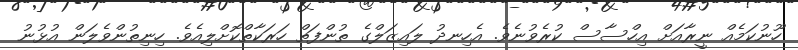
ހޫނުކަމެއް ނީރާއަށް އިހްސާސް ކުރެވުނެވެ. އެހިނދު ލައިޒަލްގެ ތުންފަތް ހަރަކާތްކޮށްލިއެވެ. ހިނިތުންވެލަން އުޅުނު